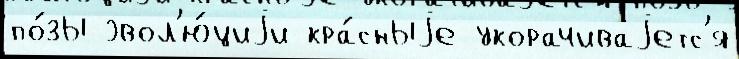
по́зы эвол'ю́циjи кра́сныjе укорачиваjетс'я